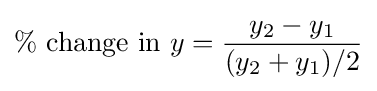
\%{\mbox{ change in }}y={\frac {y_{2}-y_{1}}{(y_{2}+y_{1})/2}}